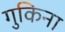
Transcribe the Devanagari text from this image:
गुकिना